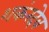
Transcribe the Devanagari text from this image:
शकंरदेव